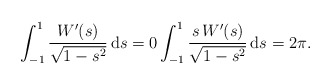
\begin{align*}\int^1_{-1}\frac{W'(s)}{\sqrt{1-s^2}}\, \mathrm ds=0 &\int^1_{-1}\frac{s \, W'(s)}{\sqrt{1-s^2}}\, \mathrm ds=2\pi.\end{align*}